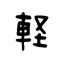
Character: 軽